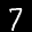
Label: 7